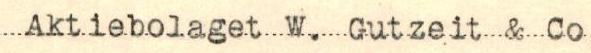
Aktiebolaget W. Gutzeit & Co